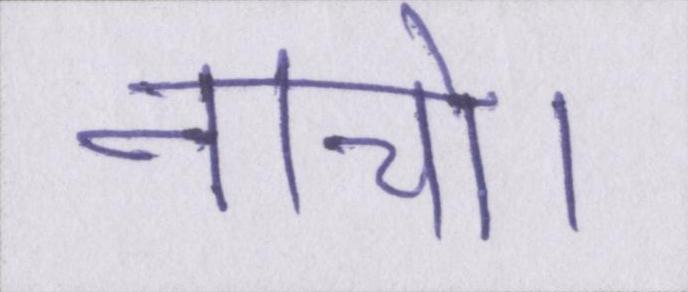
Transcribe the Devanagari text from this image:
नाचो।